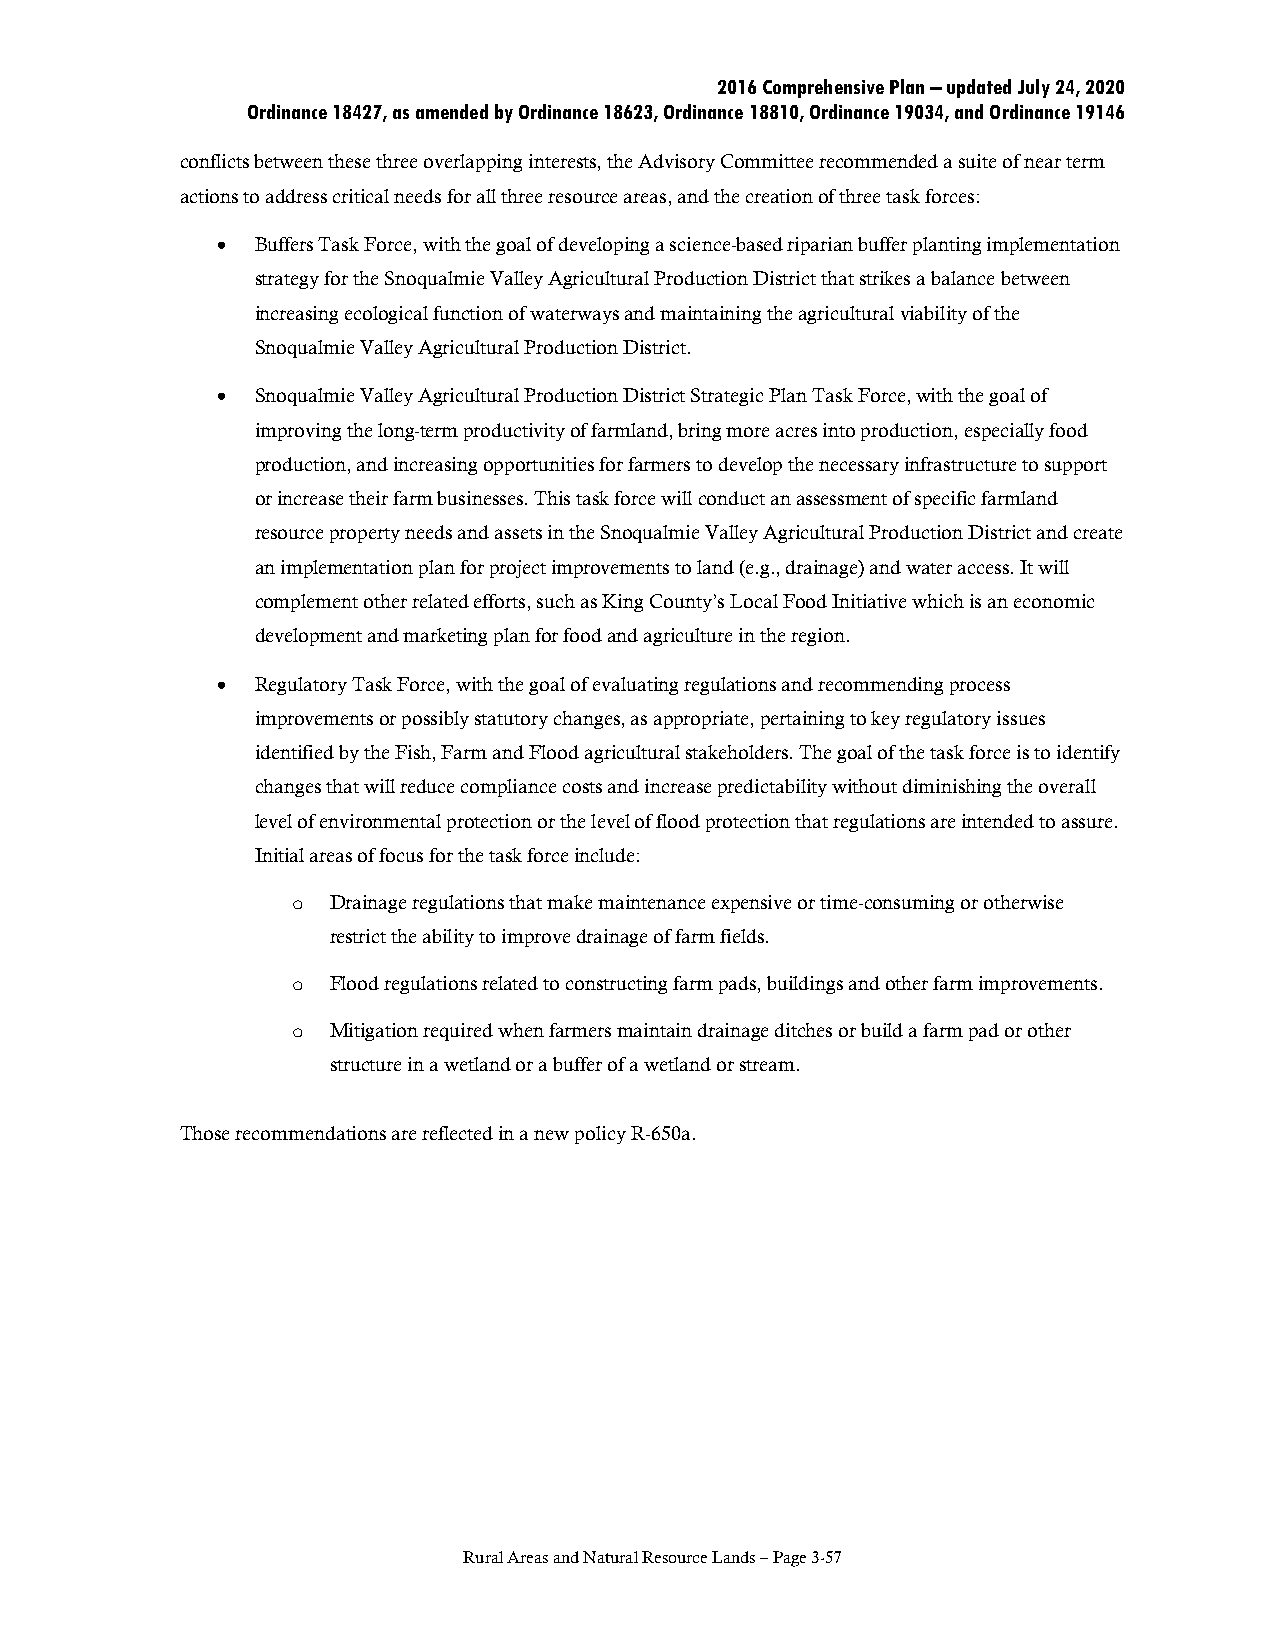
2016 Comprehensive Plan – updated July 24, 2020
 Ordinance 18427, as amended by Ordinance 18623, Ordinance 18810, Ordinance 19034, and Ordinance 19146
 conflicts between these three overlapping interests, the Advisory Committee recommended a suite of near term
 actions to address critical needs for all three resource areas, and the creation of three task forces:
 •  Buffers Task Force, with the goal of developing a science-based riparian buffer planting implementation
 strategy for the Snoqualmie Valley Agricultural Production District that strikes a balance between
 increasing ecological function of waterways and maintaining the agricultural viability of the
 Snoqualmie Valley Agricultural Production District.
 •  Snoqualmie Valley Agricultural Production District Strategic Plan Task Force, with the goal of
 improving the long-term productivity of farmland, bring more acres into production, especially food
 production, and increasing opportunities for farmers to develop the necessary infrastructure to support
 or increase their farm businesses. This task force will conduct an assessment of specific farmland
 resource property needs and assets in the Snoqualmie Valley Agricultural Production District and create
 an implementation plan for project improvements to land (e.g., drainage) and water access. It will
 complement other related efforts, such as King County’s Local Food Initiative which is an economic
 development and marketing plan for food and agriculture in the region.
 •  Regulatory Task Force, with the goal of evaluating regulations and recommending process
 improvements or possibly statutory changes, as appropriate, pertaining to key regulatory issues
 identified by the Fish, Farm and Flood agricultural stakeholders. The goal of the task force is to identify
 changes that will reduce compliance costs and increase predictability without diminishing the overall
 level of environmental protection or the level of flood protection that regulations are intended to assure.
 Initial areas of focus for the task force include:
 Drainage regulations that make maintenance expensive or time-consuming or otherwise
 o
 restrict the ability to improve drainage of farm fields.
 Flood regulations related to constructing farm pads, buildings and other farm improvements.
 o
 Mitigation required when farmers maintain drainage ditches or build a farm pad or other
 o
 structure in a wetland or a buffer of a wetland or stream.
 Those recommendations are reflected in a new policy R-650a.
 Rural Areas and Natural Resource Lands – Page 3-57